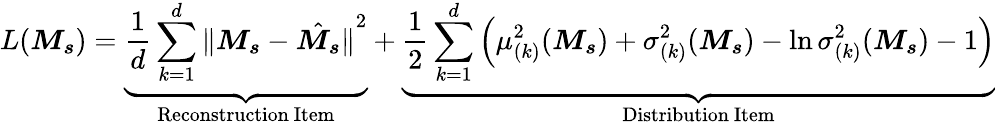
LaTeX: L(\boldsymbol{M_{s}})=\underbrace{\frac{1}{d}\sum_{k=1}^{d}{\| \boldsymbol{M_{s}}-\hat{\boldsymbol{M_{s}}}\| }^{2}}_{\mathrm{Reconstruction~Item}}+\underbrace{\frac{1}{2}\sum_{k=1}^{d}\left(\mu_{(k)}^{2}(\boldsymbol{M_{s}})+\sigma_{(k)}^{2}(\boldsymbol{M_{s}})-\ln\sigma_{(k)}^{2}(\boldsymbol{M_{s}})-1\right)}_{\mathrm{Distribution~Item}}